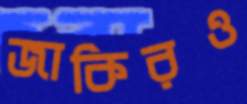
জাকিরও